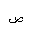
Letter: _dad